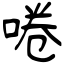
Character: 啳